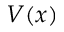
V ( x )